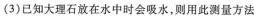
(3)已知大理石放在水中时会吸水，则用此测量方法